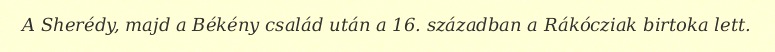
A Sherédy, majd a Békény család után a 16. században a Rákócziak birtoka lett.